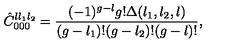
\hat { C } _ { 0 0 0 } ^ { l l _ { 1 } l _ { 2 } } = { \frac { ( - 1 ) ^ { g - l } g ! \Delta ( l _ { 1 } , l _ { 2 } , l ) } { ( g - l _ { 1 } ) ! ( g - l _ { 2 } ) ! ( g - l ) ! } } ,